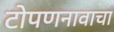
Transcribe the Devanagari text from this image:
टोपणनावाचा